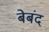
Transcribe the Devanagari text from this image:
बेबंद